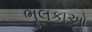
ભૂલકાઓ